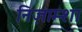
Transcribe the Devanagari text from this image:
निज़ाम्शा